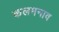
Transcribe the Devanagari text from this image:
कलमनाव